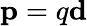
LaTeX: \mathbf{p}=q\mathbf{d}